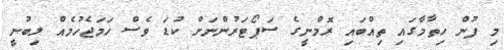
މި ފުން ހިތާމާގައި ތިއްބައި ރޮމްނީގެ ސަޕޯޓަރުންނަށް ކުޑަ ވެސް ހަމަޖެހުމެއް ލިބުނީ